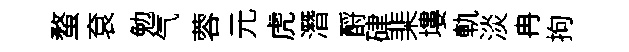
蝥袞勉气蓉元虎潛酹硉棐塿軌淡冉拘